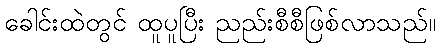
ခေါင်းထဲတွင် ထူပူပြီး ညည်းစီစီဖြစ်လာသည်။